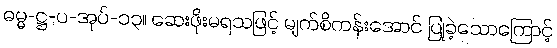
ဓမ္မ-ဋ္ဌ-ပ-အုပ်-၁၃။ ဆေးဖိုးမရသဖြင့် မျက်စိကန်းအောင် ပြုခဲ့သောကြောင့်